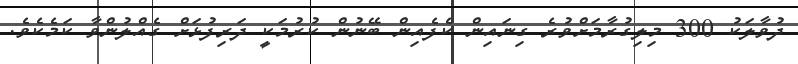
ދުވާލަކު 300 މިލިގުރާމަށްވުރެ ގިނައިން ކެފެއިން ބޭނުން ކުރުމަކީ ދަރިފުޅަށް ގެއްލުންވާ ކަމެކެވެ.